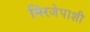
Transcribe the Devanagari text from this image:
मिरजेपाशी